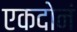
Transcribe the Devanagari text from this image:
एकदोनं